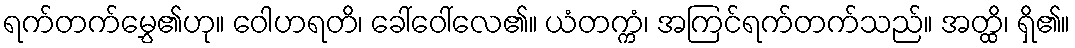
ရက်တက်မွှေ၏ဟု။ ဝေါဟရတိ၊ ခေါ်ဝေါ်လေ၏။ ယံတက္ကံ၊ အကြင်ရက်တက်သည်။ အတ္ထိ၊ ရှိ၏။